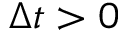
\Delta t > 0